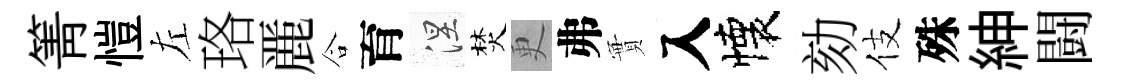
箐愷左珞䴡合育涅焚更弗實入懐劾伎殊紳闘